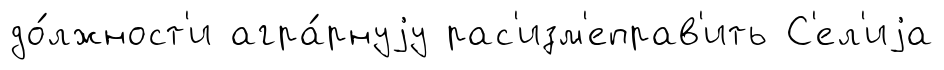
до́лжност'и агра́рнуjу рас'изм'еправ'ить С'ел'иjа